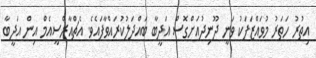
އިތުރު ހަތަރު މުވައްޒަފަކު ވަނީ ދޫނިދުއަށްގޮސް އަދީބާ ބައްދަލުކުރައްވާފައެވެ. އެޗްއާރްސީއެމް އިން އަދީބާ